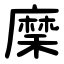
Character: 穈